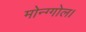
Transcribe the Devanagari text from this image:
मोन्ग्गोल।